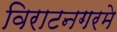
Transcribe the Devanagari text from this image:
विराटनगरमे